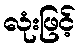
လုံးဖြင့်